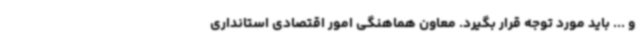
و ... باید مورد توجه قرار بگیرد. معاون هماهنگی امور اقتصادی استانداری